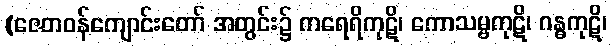
(ဇေတဝန်ကျောင်းတော် အတွင်း၌ ကရေရိကုဋိ၊ ကောသမ္ဗကုဋိ၊ ဂန္ဓကုဋိ၊